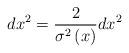
LaTeX: \begin{align*}dx^{2}=\frac{2}{\sigma ^{2}\left( x\right) }dx^{2} \end{align*}